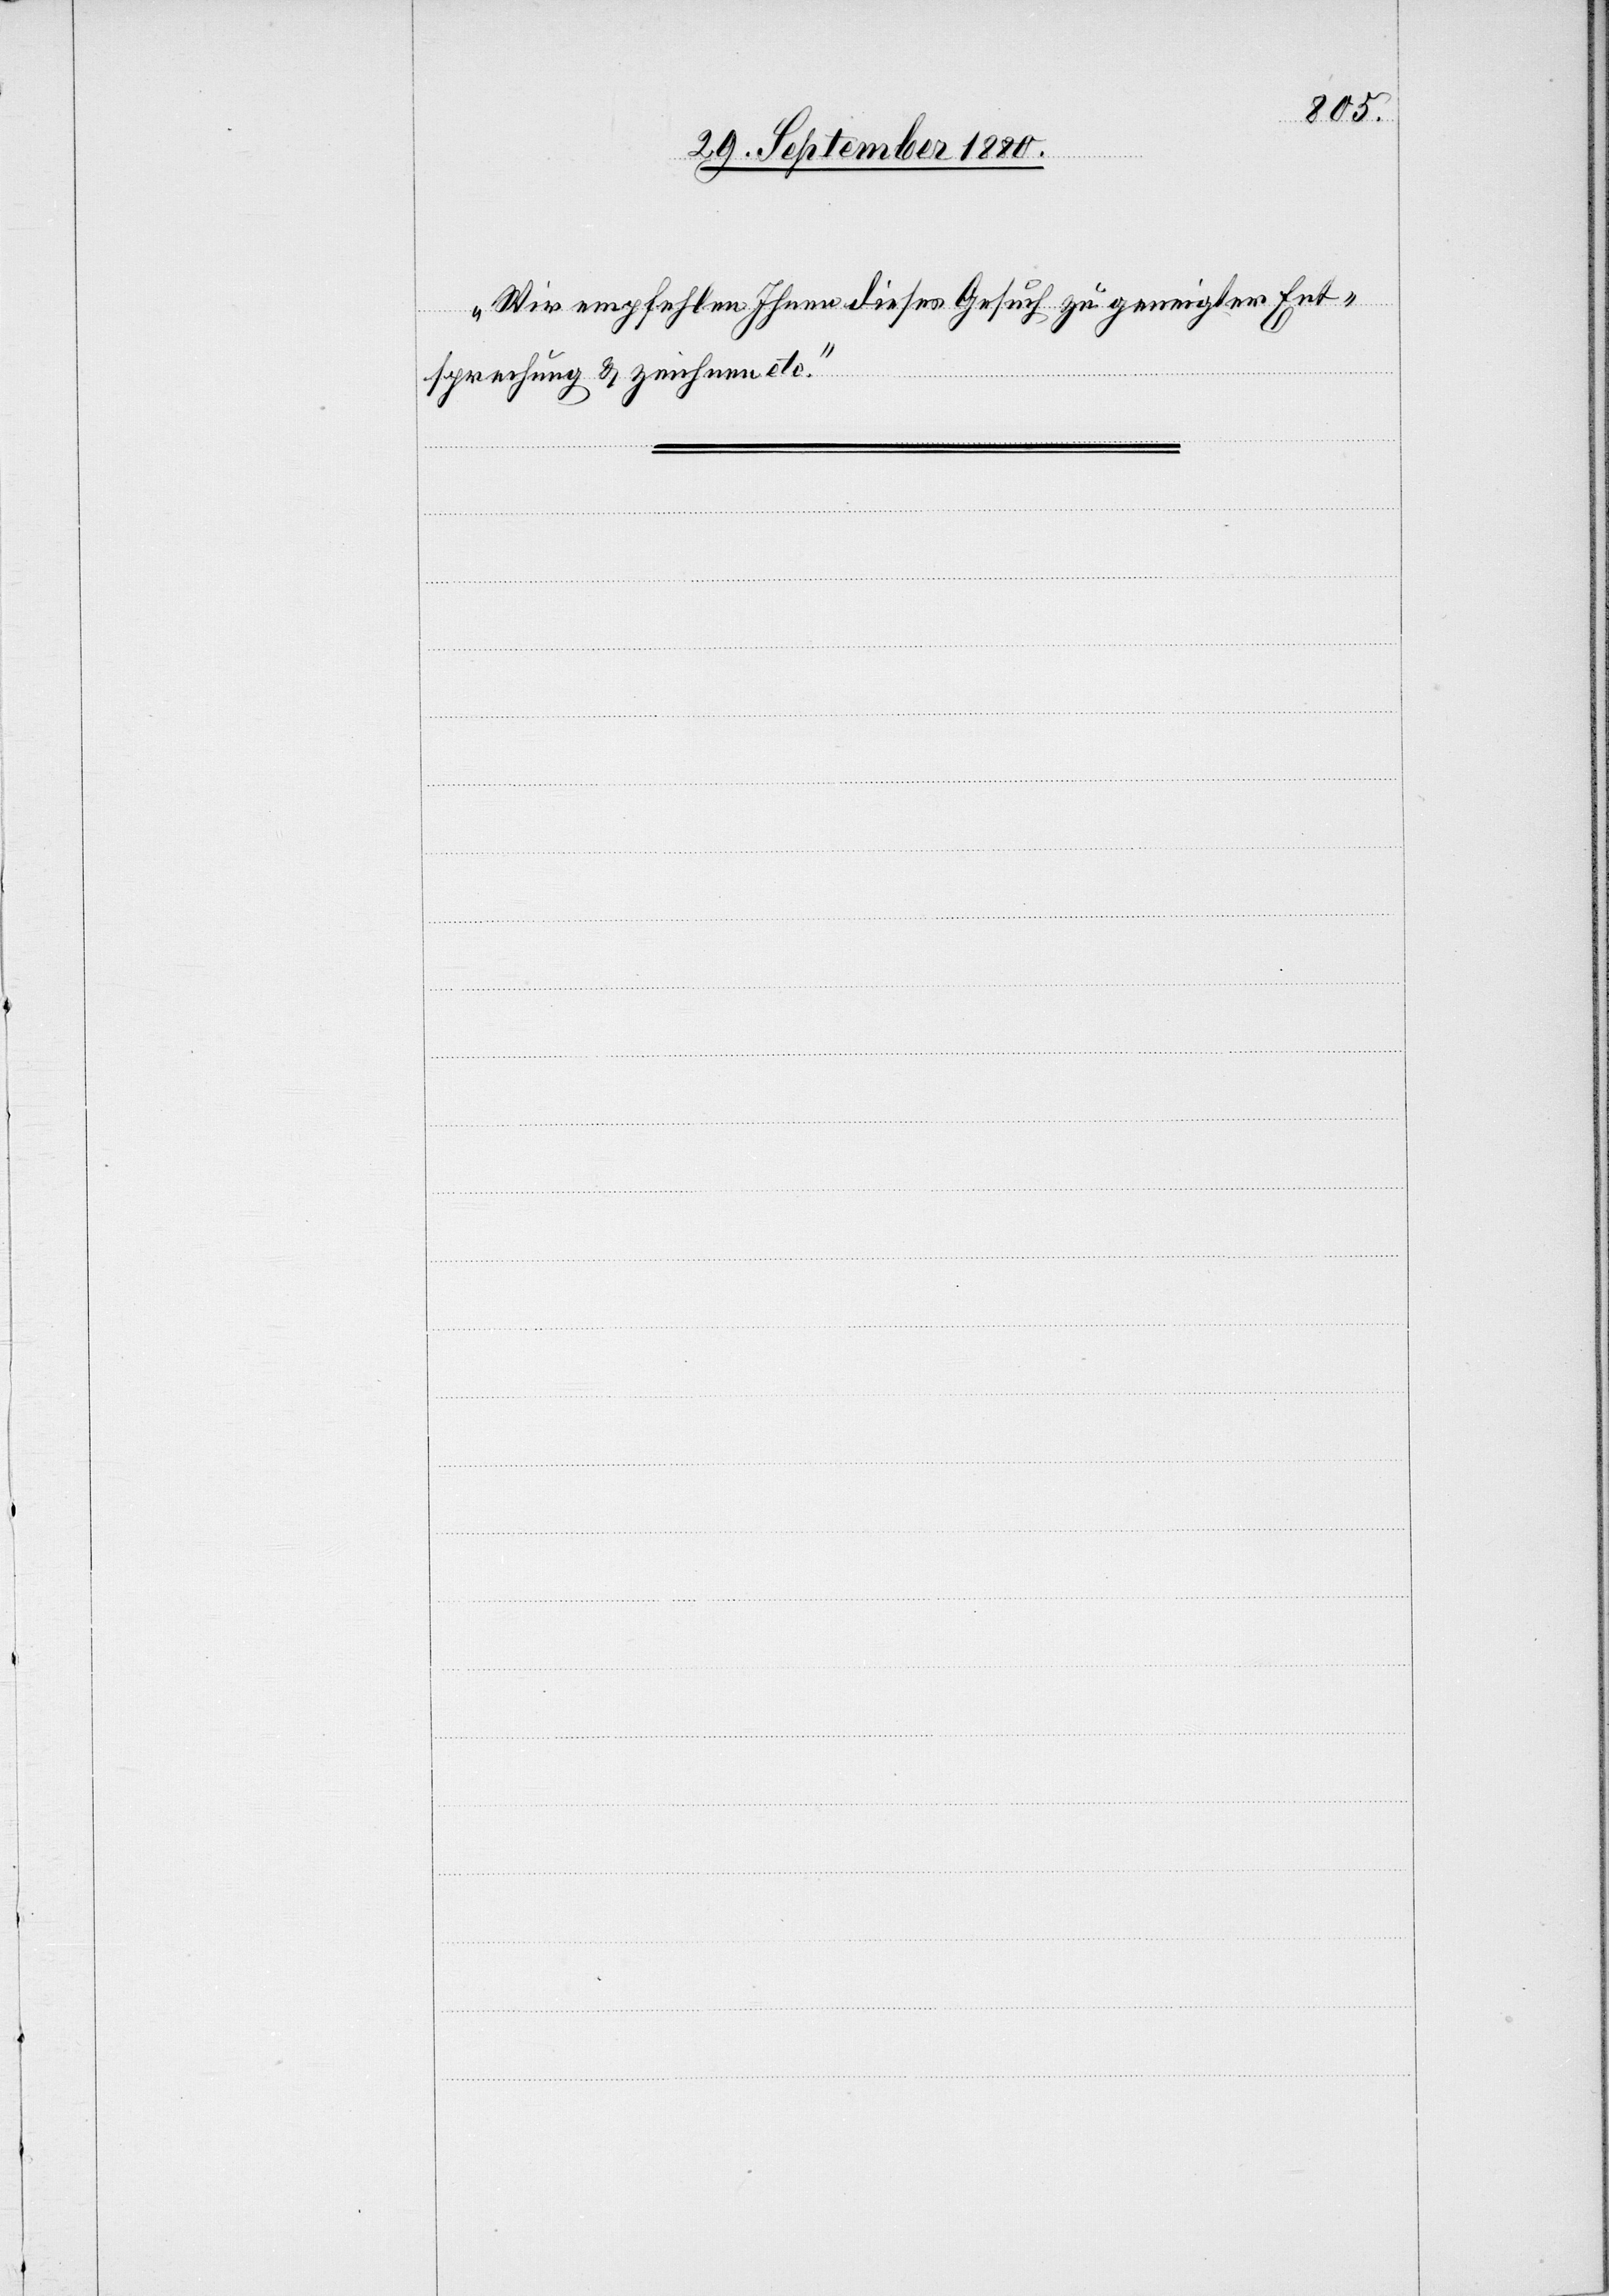
Wir empfehlen Ihnen dieses Gesuch zu geneigter Ent¬
sprechung & zeichnen etc.“